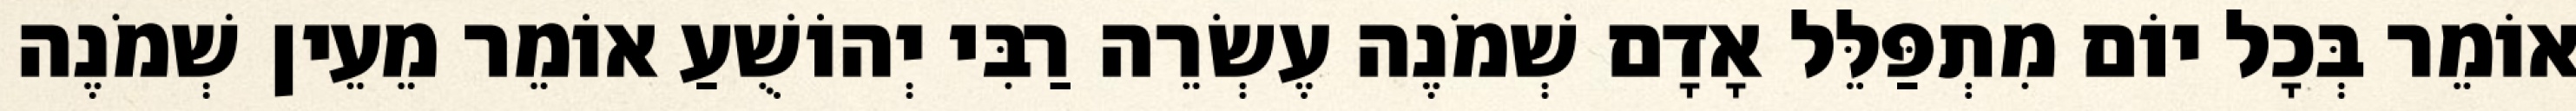
אוֹמֵר בְּכָל יוֹם מִתְפַּלֵּל אָדָם שְׁמֹנֶה עֶשְׂרֵה רַבִּי יְהוֹשֻׁעַ אוֹמֵר מֵעֵין שְׁמֹנֶה